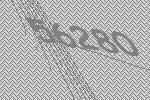
56280